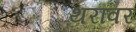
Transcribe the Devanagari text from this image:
थरांवर